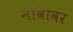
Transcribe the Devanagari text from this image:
नांवावर